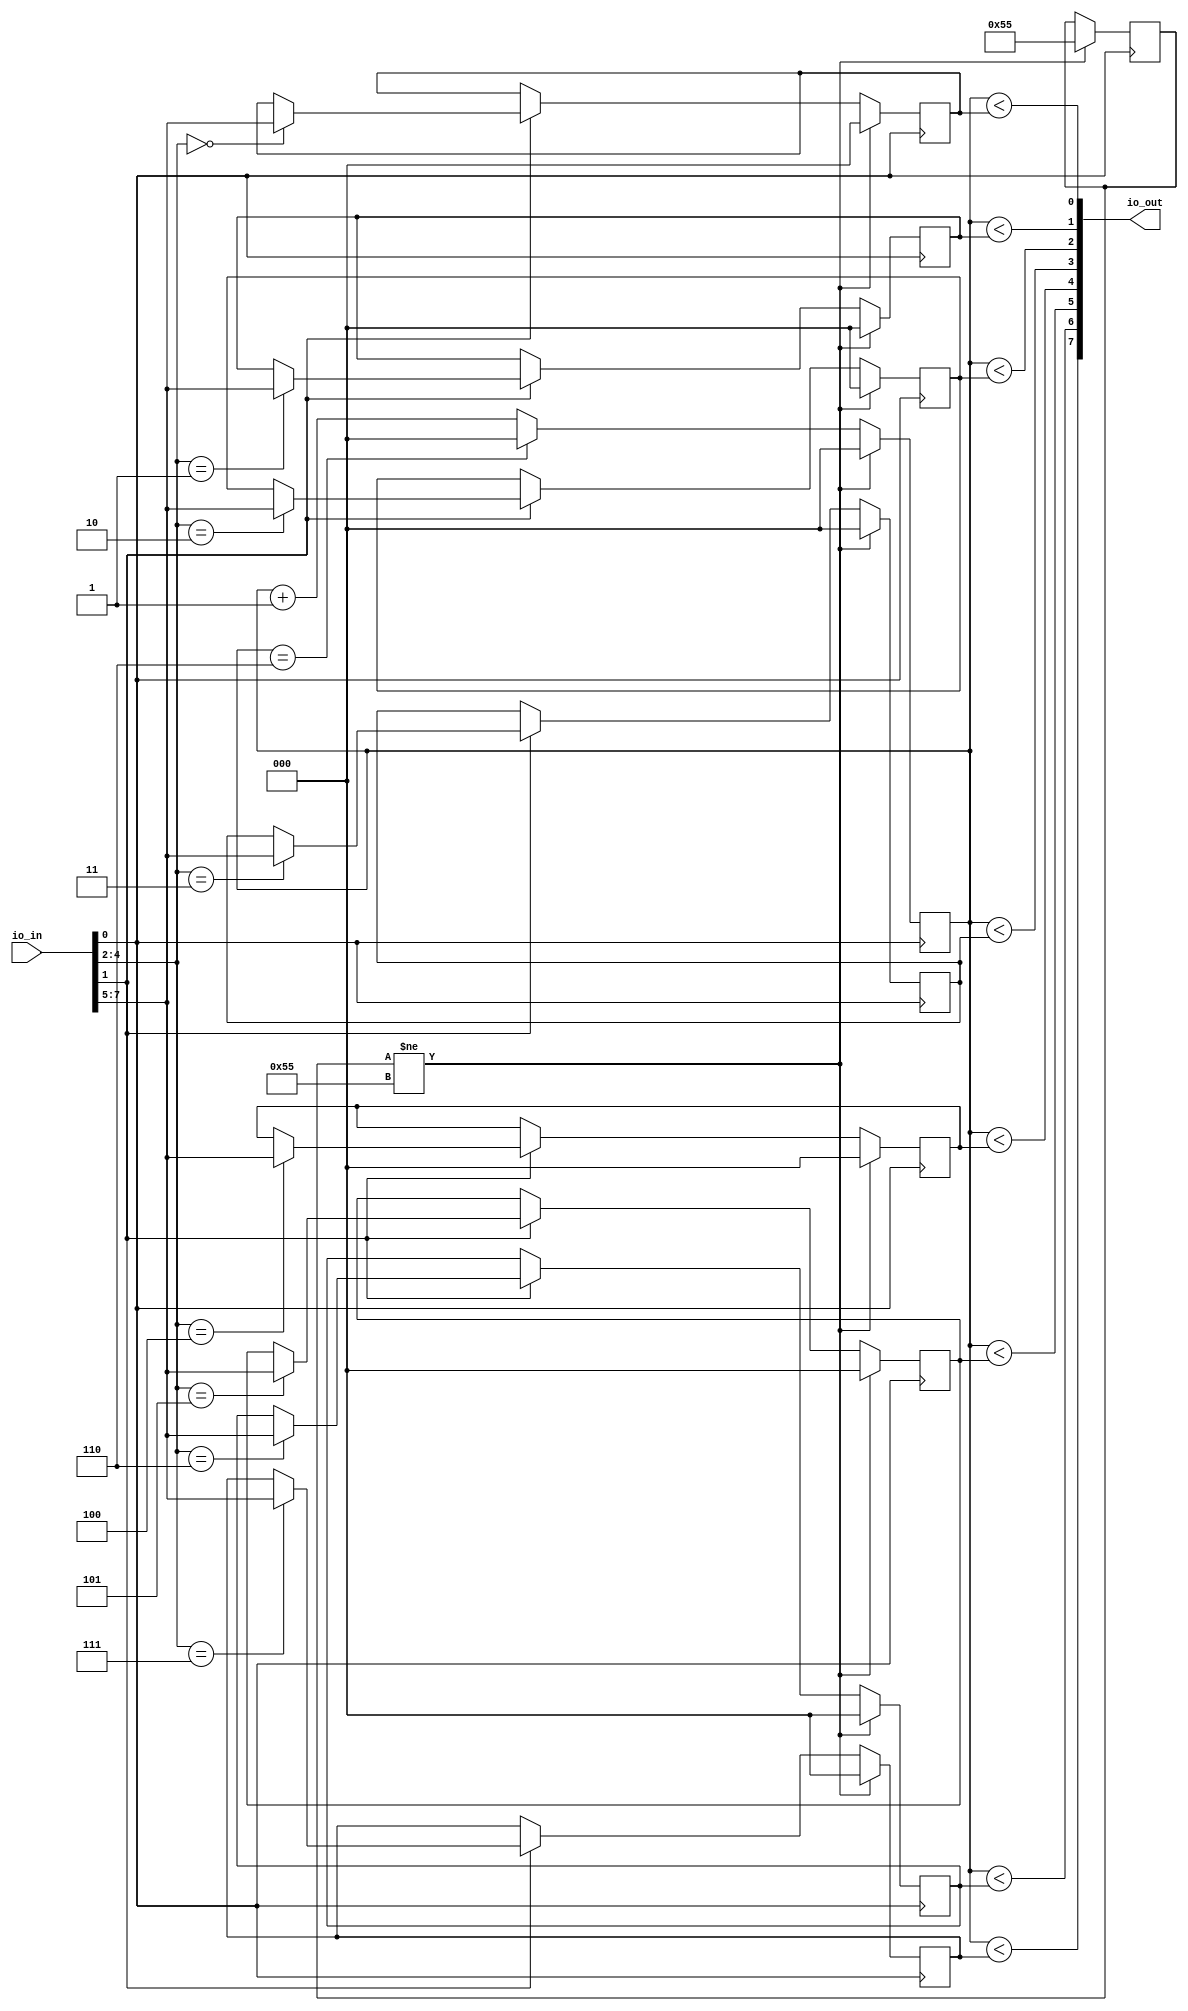
`default_nettype none

module krasin_3_bit_8_channel_pwm_driver (
  input [7:0] io_in,
  output [7:0] io_out
);
    
  wire clk = io_in[0];
  wire pset = io_in[1];
  wire [2:0] addr = io_in[4:2];
  wire [2:0] level = io_in[7:5];

  wire [7:0] pwm_out;
  assign io_out[7:0] = pwm_out;

  // This register is used to determine if the execution just started and we need to reset.
  // It's a bullshit implementation and will most likely not work. I am curious to test it anyway.
  // The idea is that initially this register has a somewhat random value. If it does not match what we expect,
  // we're in a reset mode and set this register to the expected state + reset all other registers.
  // This is not a great way, as it does not guarantee anything, but I already use all input pins and
  // like to live dangerously.
  reg[8:0] reset_canary = 0;

  // 3-bit PWM counter that goes from 0 to 7.
  reg [2:0] counter;

  function is_reset (input [8:0] a);
    begin
      is_reset = (a != 8'b01010101);
    end
  endfunction

  // PWM level for channel0.
  // 0 means always off.
  // 1 means that PWM will be on for just 1 clock cycle and then off for the other 6, giving 1/7 on average.
  // 6 means 6/7 on.
  // 7 means always on.
  reg [2:0] pwm0_level;
  // The rest of the channels.
  reg [2:0] pwm1_level;
  reg [2:0] pwm2_level;
  reg [2:0] pwm3_level;
  reg [2:0] pwm4_level;
  reg [2:0] pwm5_level;
  reg [2:0] pwm6_level;
  reg [2:0] pwm7_level;

  function is_on(input [3:0] level, input[3:0] counter);
    begin
      is_on = (counter < level);
    end
  endfunction // is_on

  assign pwm_out[0] = is_on(pwm0_level, counter);
  assign pwm_out[1] = is_on(pwm1_level, counter);
  assign pwm_out[2] = is_on(pwm2_level, counter);
  assign pwm_out[3] = is_on(pwm3_level, counter);
  assign pwm_out[4] = is_on(pwm4_level, counter);
  assign pwm_out[5] = is_on(pwm5_level, counter);
  assign pwm_out[6] = is_on(pwm6_level, counter);
  assign pwm_out[7] = is_on(pwm7_level, counter);

  // external clock is 1000Hz.
  always @(posedge clk) begin
    // if reset, set counter and pwm levels to 0
    if (is_reset(reset_canary)) begin
      reset_canary = 8'b01010101;
      counter <= 0;
      pwm0_level <= 0;
      pwm1_level <= 0;
      pwm2_level <= 0;
      pwm3_level <= 0;
      pwm4_level <= 0;
      pwm5_level <= 0;
      pwm6_level <= 0;
      pwm7_level <= 0;
    end else begin // if (is_reset(reset_canary))
      if (counter == 6) begin
        // Roll over.
        counter <= 0;
      end else begin
        // increment counter
        counter <= counter + 1'b1;
      end
      if (pset) begin
        case (addr)
          0: pwm0_level <= level;
          1: pwm1_level <= level;
          2: pwm2_level <= level;
          3: pwm3_level <= level;
          4: pwm4_level <= level;
          5: pwm5_level <= level;
          6: pwm6_level <= level;
          7: pwm7_level <= level;
        endcase
      end // if (set)
    end
  end // always @ (posedge clk)
endmodule